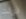
قولت